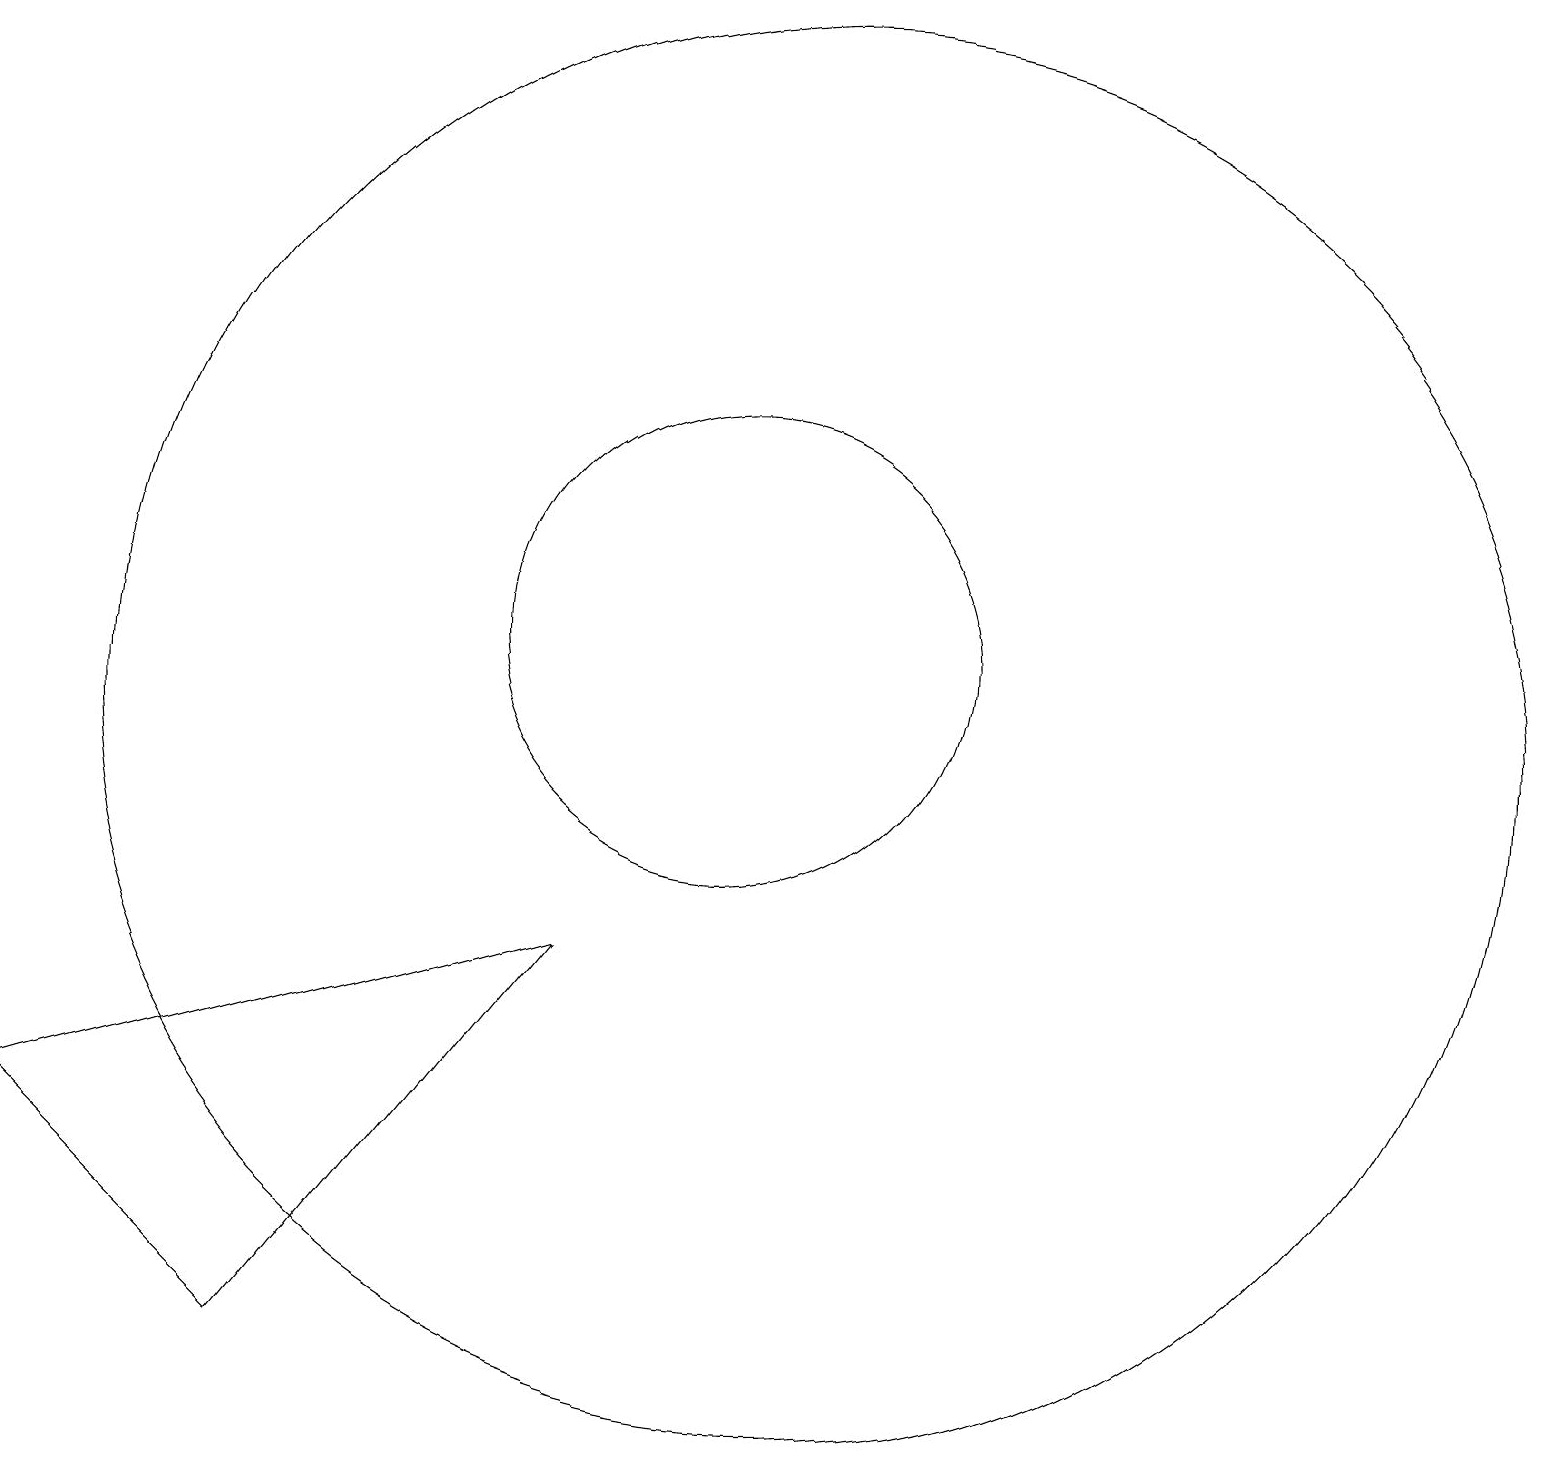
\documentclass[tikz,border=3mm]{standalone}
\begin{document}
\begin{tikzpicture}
\draw (11,11) circle (3);
\draw (12,10) circle (9);
\draw (5,2) -- (9,7) -- (2,5) -- cycle;
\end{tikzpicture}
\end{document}